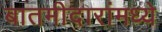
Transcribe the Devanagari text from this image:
बातमीदारांमध्ये